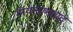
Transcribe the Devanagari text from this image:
नियन्त्रणवाद